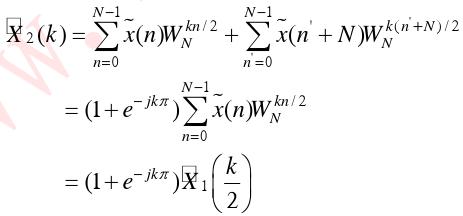
\[
\begin{align*}
X_2(k)&=\sum_{n = 0}^{N - 1}\tilde{x}(n)W_N^{kn/2}+\sum_{n = 0}^{N - 1}\tilde{x}(n + N)W_N^{k(n + N)/2}\\
&=(1 + e^{-jk\pi})\sum_{n = 0}^{N - 1}\tilde{x}(n)W_N^{kn/2}\\
&=(1 + e^{-jk\pi})X_1\left(\frac{k}{2}\right)
\end{align*}
\]